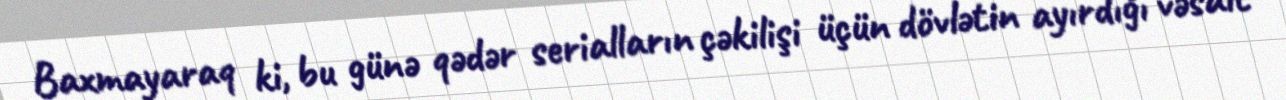
Baxmayaraq ki, bu günə qədər serialların çəkilişi üçün dövlətin ayırdığı vəsait